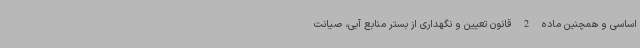
اساسی و همچنین ماده 2 قانون تعیین و نگهداری از بستر منابع آبی، صیانت